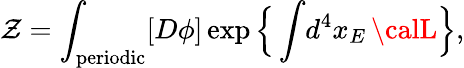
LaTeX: \mathcal{Z}=\int_{\mathrm{{periodic}}}[D\phi]\exp\Big\{ \int\! d^{4}x_{E}\, {\calL}\Big\} ,